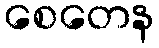
စေတေန